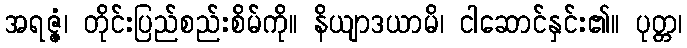
အရဇ္ဇံ၊ တိုင်းပြည်စည်းစိမ်ကို။ နိယျာဒယာမိ၊ ငါဆောင်နှင်း၏။ ပုတ္တ၊